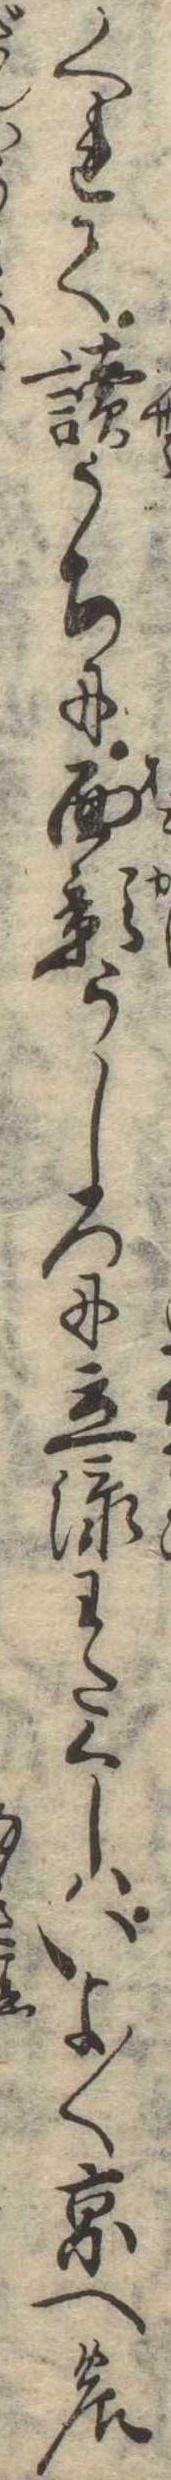
くれて読うちに面影うしろに立添わたくしはいよ〱京への